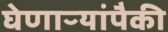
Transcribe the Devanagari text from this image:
घेणाऱ्यांपैकी